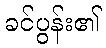
ခင်ပွန်း၏